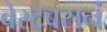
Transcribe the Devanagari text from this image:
बेस्टबसनं